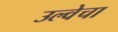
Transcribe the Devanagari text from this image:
उल्वेचा